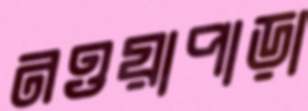
নওয়াপাড়া